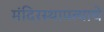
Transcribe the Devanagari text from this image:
मंदिरस्थापत्याचे